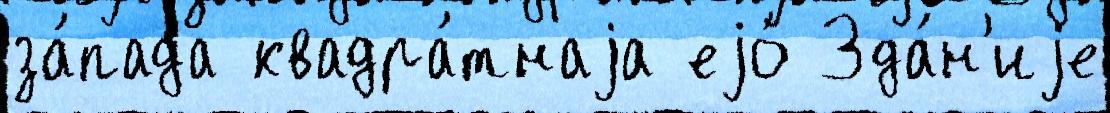
за́пада квадра́тнаjа еjо́ Зда́н'иjе